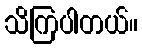
သိကြပါတယ်။